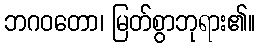
ဘဂဝတော၊ မြတ်စွာဘုရား၏။